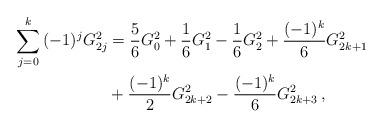
LaTeX: \begin{align*}\sum_{j = 0}^k {( - 1)^j G_{2j}^2 } &= \frac{5}{6}G_0^2 + \frac{1}{6}G_1^2 - \frac{1}{6}G_2^2 + \frac{{( - 1)^k }}{6}G_{2k + 1}^2\\&+ \frac{{( - 1)^k }}{2}G_{2k + 2}^2 - \frac{{( - 1)^k }}{6}G_{2k + 3}^2\,,\end{align*}